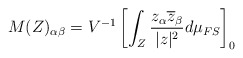
\begin{align*} M(Z)_{\alpha \beta}= V^{-1} \left[ \int_{Z} \frac{z_{\alpha}\overline{z}_{\beta}}{\vert z\vert^{2}} d\mu_{FS} \right]_{0} \end{align*}